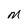
Character: m